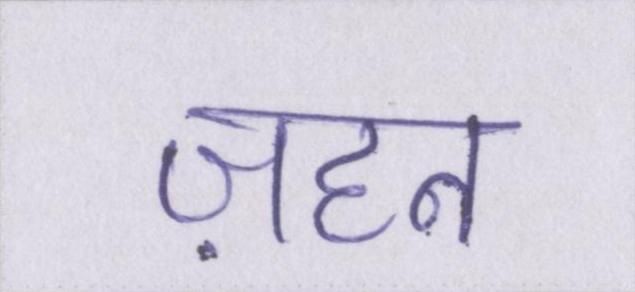
ज़हन